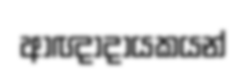
ආඥාදායකයන්